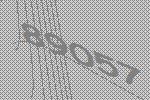
89057